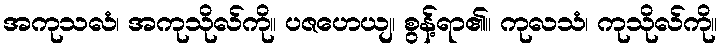
အကုသလံ၊ အကုသိုလ်ကို။ ပဇဟေယျ၊ စွန့်ရာ၏။ ကုလသံ၊ ကုသိုလ်ကို။